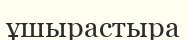
ұшырастыра